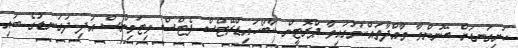
ހަށިގަނޑަށް ބޭނުންވާ މާއްދާތައްކަމުގައިވާ ޕްރޮޓީން ކާބޯހައިޑްރޭޓްސް ފެޓްސް ވިޓަމިންސް އަދި ދަގަނޑުގެ ބައި